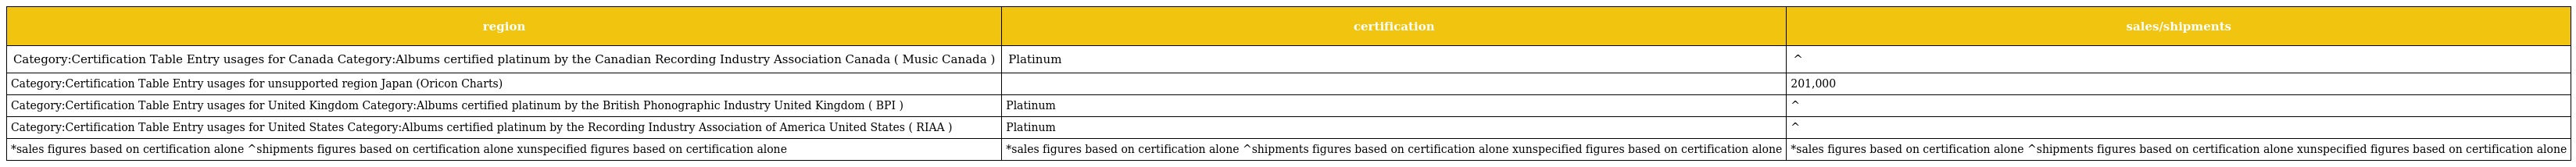
| region | certification | sales/shipments |
 | --- | --- | --- |
 | Category:Certification Table Entry usages for Canada Category:Albums certified platinum by the Canadian Recording Industry Association Canada ( Music Canada ) | Platinum | ^ |
 | Category:Certification Table Entry usages for unsupported region Japan (Oricon Charts) |  | 201,000 |
 | Category:Certification Table Entry usages for United Kingdom Category:Albums certified platinum by the British Phonographic Industry United Kingdom ( BPI ) | Platinum | ^ |
 | Category:Certification Table Entry usages for United States Category:Albums certified platinum by the Recording Industry Association of America United States ( RIAA ) | Platinum | ^ |
 | *sales figures based on certification alone ^shipments figures based on certification alone xunspecified figures based on certification alone | *sales figures based on certification alone ^shipments figures based on certification alone xunspecified figures based on certification alone | *sales figures based on certification alone ^shipments figures based on certification alone xunspecified figures based on certification alone |